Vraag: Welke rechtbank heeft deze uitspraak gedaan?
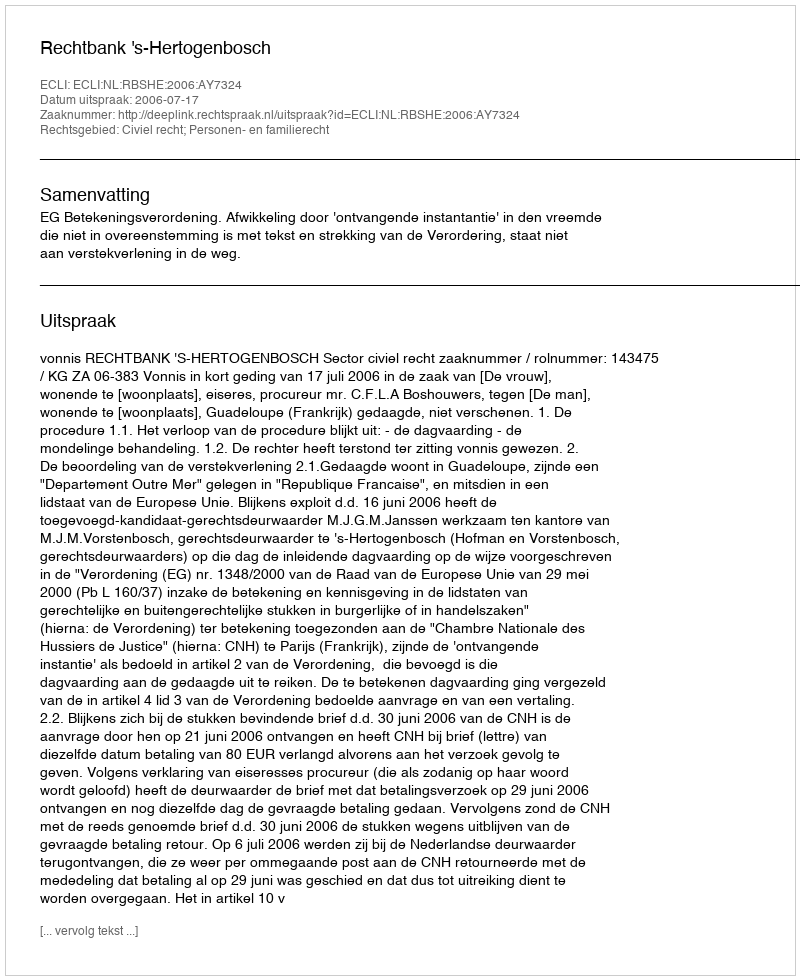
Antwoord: Rechtbank 's-Hertogenbosch